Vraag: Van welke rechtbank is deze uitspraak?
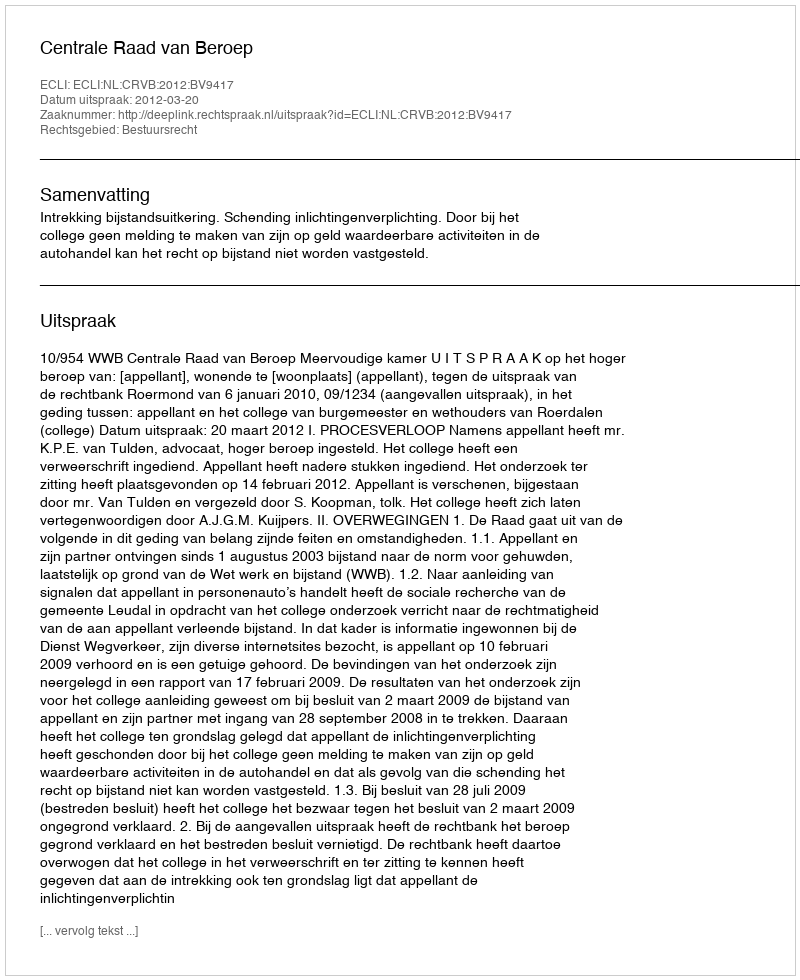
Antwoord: Centrale Raad van Beroep